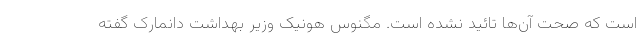
است که صحت آن‌ها تائید نشده است. مگنوس هونیک وزیر بهداشت دانمارک گفته